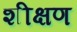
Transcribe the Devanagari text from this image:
शीक्षण